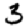
Digit: 3